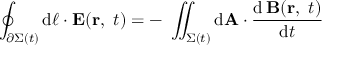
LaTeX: \oint _ { \partial \Sigma ( t ) } \mathrm { d } { \boldsymbol { \ell } } \cdot \mathbf { E } ( \mathbf { r } , \ t ) = - \ \iint _ { \Sigma ( t ) } \mathrm { d } \mathbf { A } \cdot { \frac { \mathrm { d } \, \mathbf { B } ( \mathbf { r } , \ t ) } { \mathrm { d } t } }